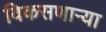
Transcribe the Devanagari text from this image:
विकसणाऱ्या